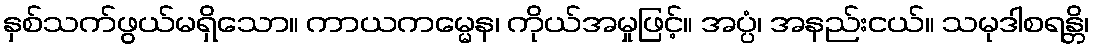
နှစ်သက်ဖွယ်မရှိသော။ ကာယကမ္မေန၊ ကိုယ်အမှုဖြင့်။ အပ္ပံ၊ အနည်းငယ်။ သမုဒါစရန္တိ၊